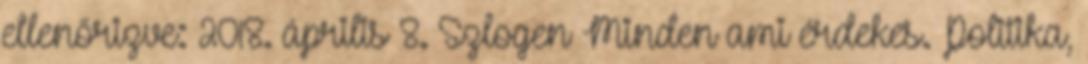
ellenőrizve: 2018. április 8. Szlogen Minden ami érdekes. Politika,